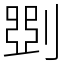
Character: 㓸